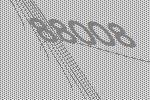
88008